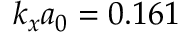
k _ { x } a _ { 0 } = 0 . 1 6 1